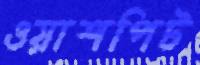
ওয়াশপিট